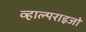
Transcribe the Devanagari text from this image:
व्हाल्पराइजो